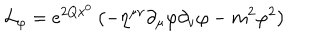
{ \cal L } _ { \varphi } = e ^ { 2 Q x ^ { 0 } } \left( - \eta ^ { \mu \nu } \partial _ { \mu } \varphi \partial _ { \nu } \varphi - m ^ { 2 } \varphi ^ { 2 } \right)